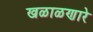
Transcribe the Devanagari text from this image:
खळाळणारे